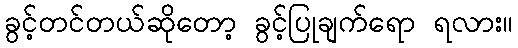
ခွင့်တင်တယ်ဆိုတော့ ခွင့်ပြုချက်ရော ရလား။